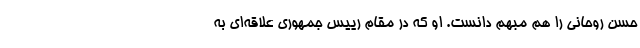
حسن روحانی را هم مبهم دانست. او که در مقام رییس جمهوری علاقه‌ای به